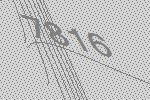
7816